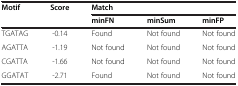
<table><thead><tr><td rowspan="2"><b>Motif</b></td><td rowspan="2"><b>Score</b></td><td><b>Match</b></td><td><b> </b></td><td><b> </b></td></tr><tr><td><b>minFN</b></td><td><b>minSum</b></td><td><b>minFP</b></td></tr></thead><tbody><tr><td>TGATAG</td><td>-0.14</td><td>Found</td><td>Not found</td><td>Not found</td></tr><tr><td>AGATTA</td><td>-1.19</td><td>Not found</td><td>Not found</td><td>Not found</td></tr><tr><td>CGATTA</td><td>-1.66</td><td>Not found</td><td>Not found</td><td>Not found</td></tr><tr><td>GGATAT</td><td>-2.71</td><td>Found</td><td>Not found</td><td>Not found</td></tr></tbody></table>